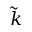
\widetilde { k }